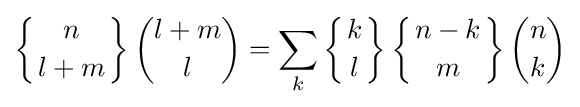
\left\{{n \atop l+m}\right\}{\binom {l+m}{l}}=\sum _{k}\left\{{k \atop l}\right\}\left\{{n-k \atop m}\right\}{\binom {n}{k}}